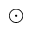
\odot